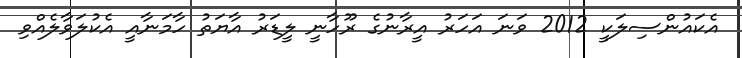
އެކައުންސިލަކީ 2012 ވަނަ އަހަރު އީރާނުގެ ރޫހާނީ ލީޑަރު އާޔަތު ހާމަނާއީ އެކުލަވާލެއްވި